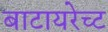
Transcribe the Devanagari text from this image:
बाटायरेच्ट